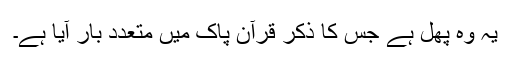
یہ وہ پھل ہے جس کا ذکر قرآن پاک میں متعدد بار آیا ہے۔